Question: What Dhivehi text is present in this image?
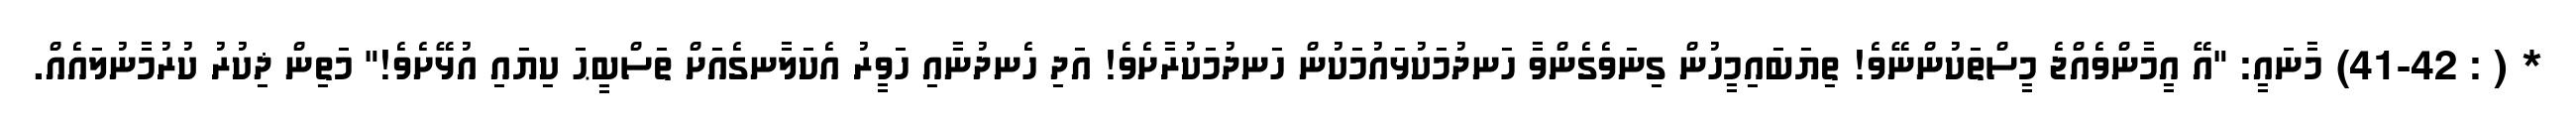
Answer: * ( : 41-42) މާނައީ: "އޭ އީމާންވެއްޖެ މީސްތަކުންނޭވެ! ތިޔަބައިމީހުން ގިނަވެގެންވާ ހަނދުމަކުޅައުމަކުން ހަނދުމަކުރާށެވެ! އަދި ހެނދުނާއި ހަވީރު އެކަލާނގެއަށް ތަސްބީޙަ ކިޔައި އުޅޭށެވެ!" މަތިން ޛިކުރު ކުރުމާނުލައެއް.